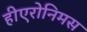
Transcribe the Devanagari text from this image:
हीएरोनिमस